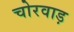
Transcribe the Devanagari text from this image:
चोरवाड़